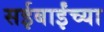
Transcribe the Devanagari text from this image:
सईबाईंच्या